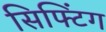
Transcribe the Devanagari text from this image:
सिफ्टिंग